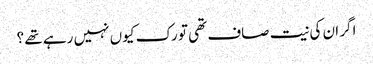
اگر ان کی نیت صاف تھی تو رک کیوں نہیں رہے تھے ؟